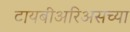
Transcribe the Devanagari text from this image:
टायबीअरिअसच्या